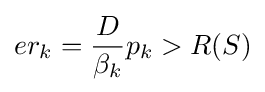
er_{k}={\frac {D}{\beta _{k}}}p_{k}>R(S)